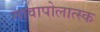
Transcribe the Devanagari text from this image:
नावापोलात्स्क